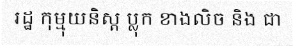
រដ្ឋ កុម្មុយនិស្ត ប្លុក ខាងលិច និង ជា